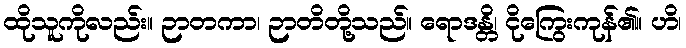
ထိုသူကိုလည်း။ ဉာတကာ၊ ဉာတိတို့သည်။ ရောဒန္တိ၊ ငိုကြွေးကုန်၏။ ဟိ၊